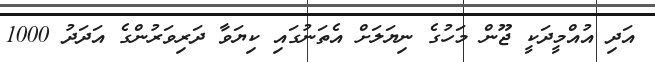
އަދި އުއްމީދަކީ ޖޫން މަހުގެ ނިޔަލަށް އެތަނުގައި ކިޔަވާ ދަރިވަރުންގެ އަދަދު 1000